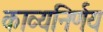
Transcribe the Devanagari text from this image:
काव्यनिर्णय